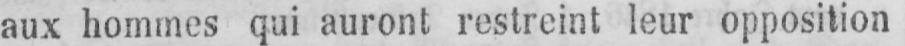
aux hommes qui auront restreint leur opposition